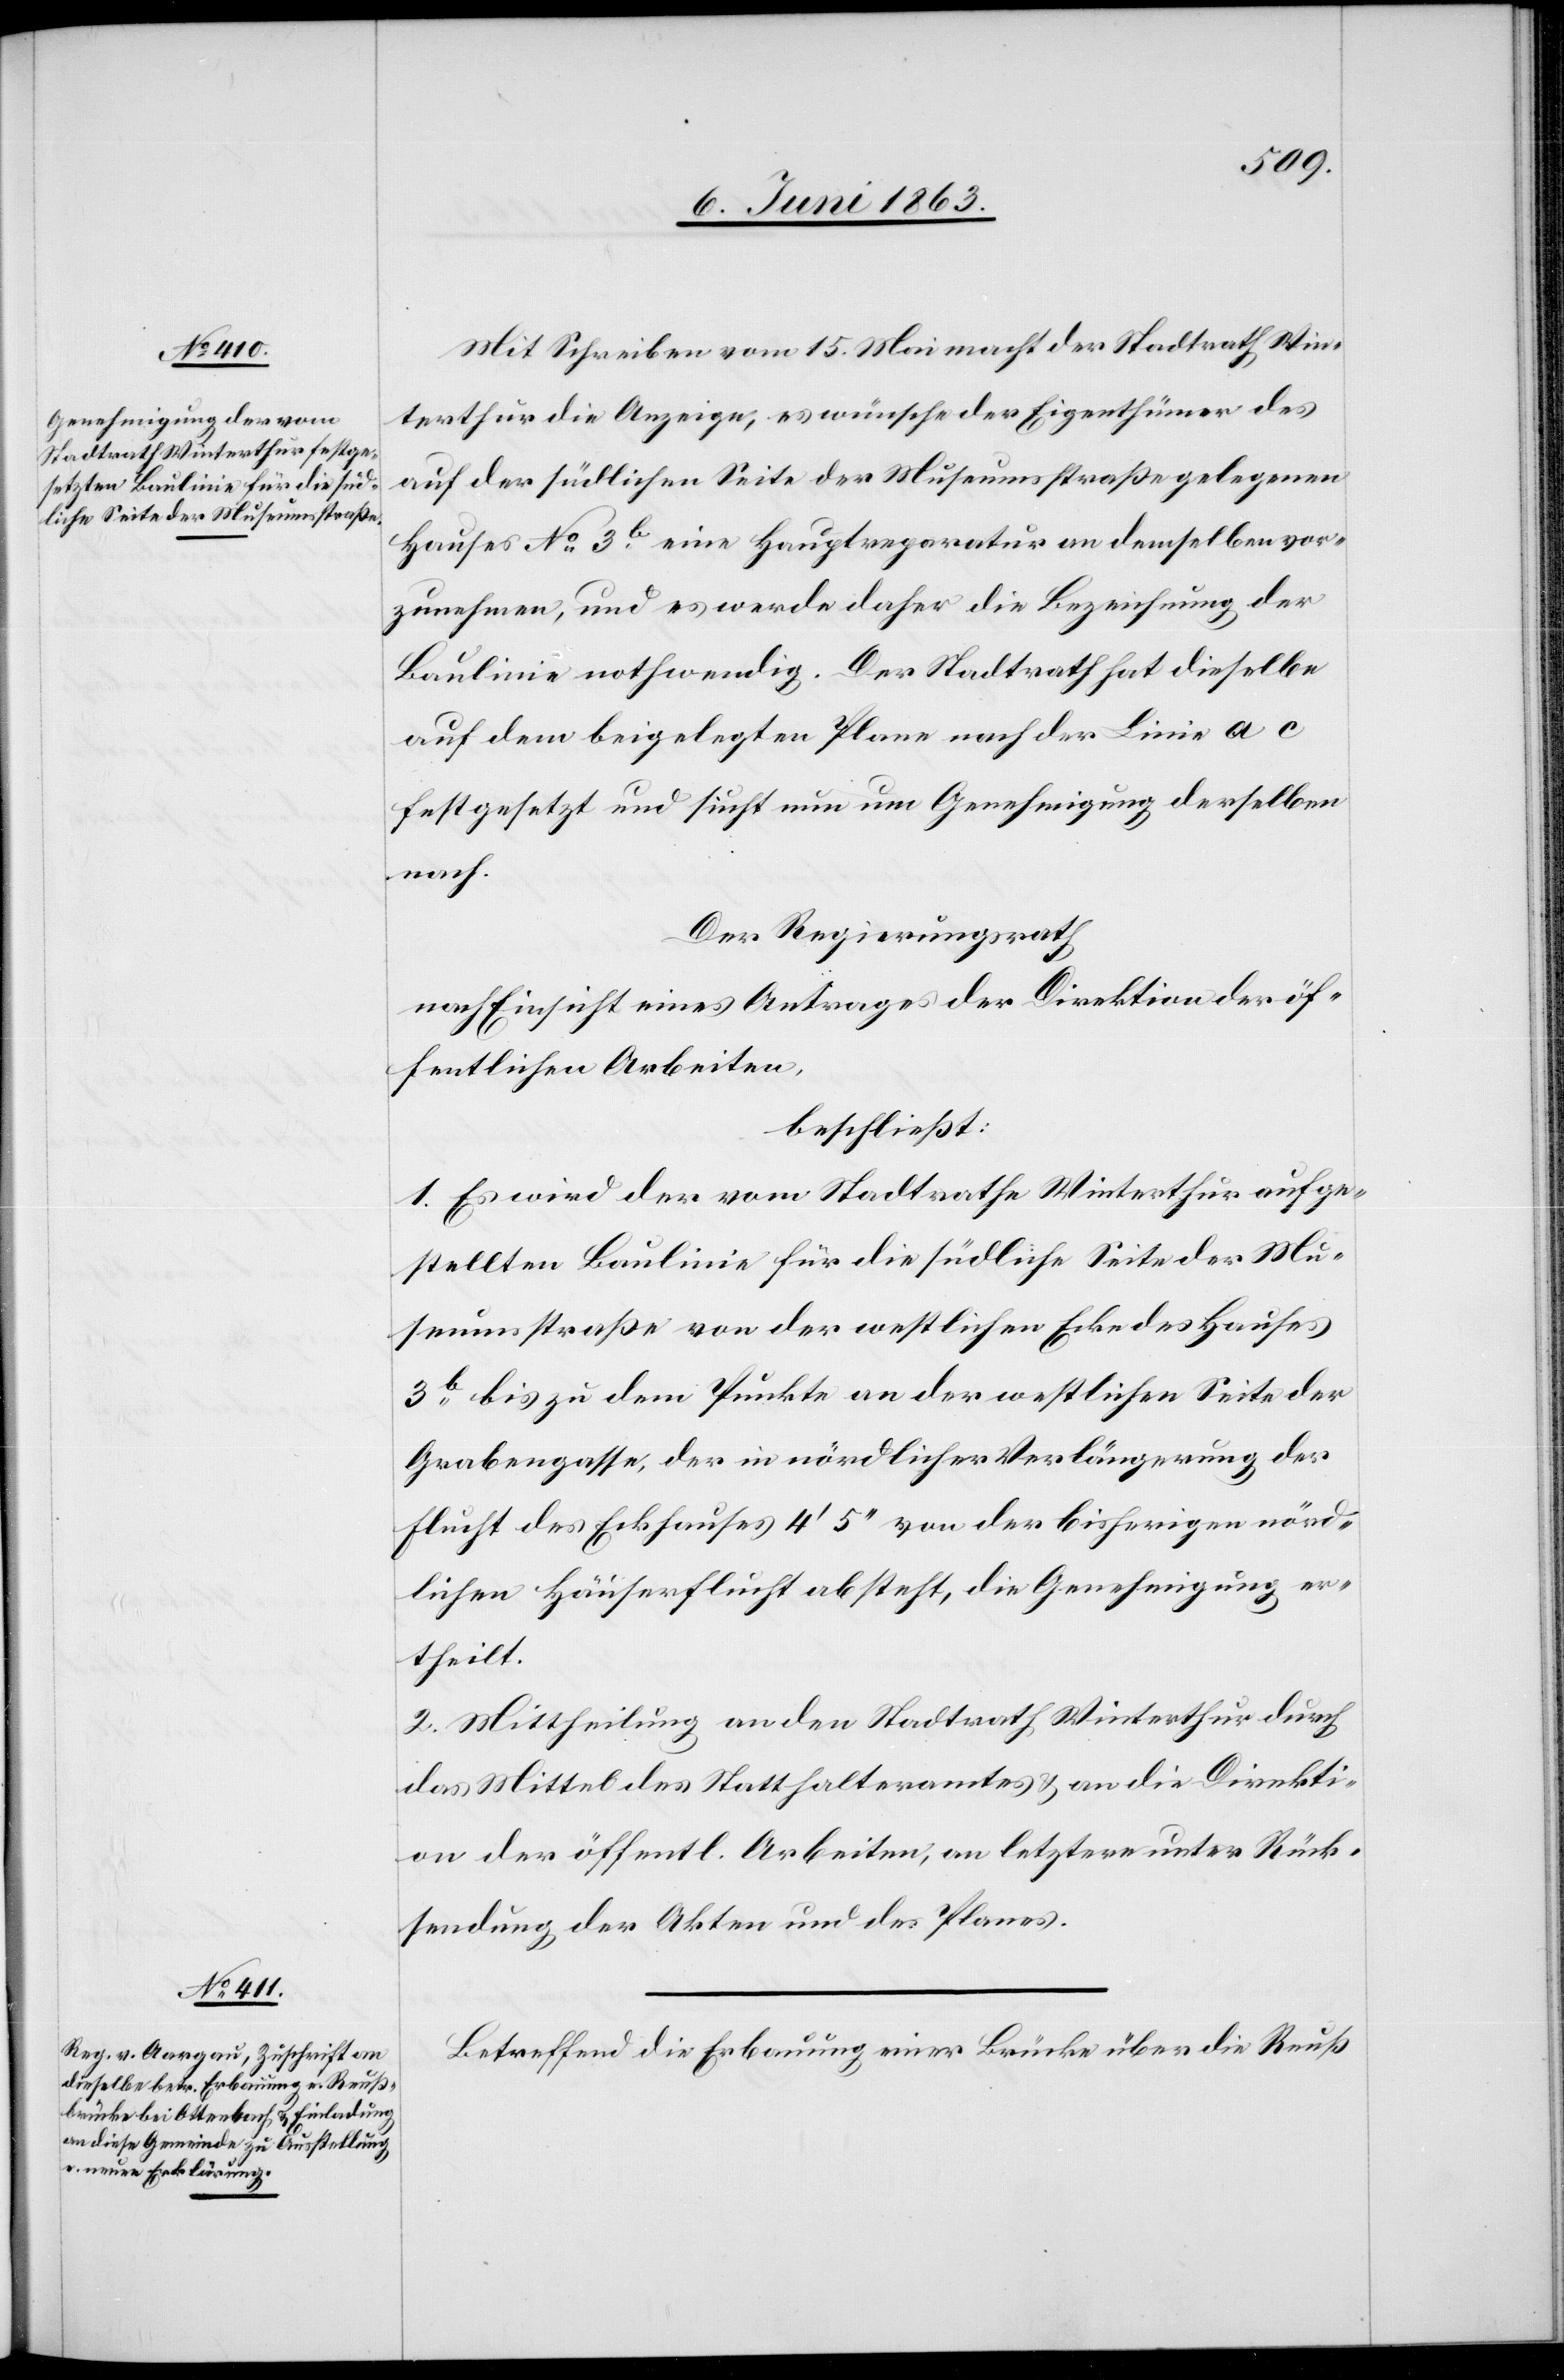
Mit Schreiben vom 15. Mai macht der Stadtrath Win¬
terthur die Anzeige, es wünsche der Eigenthümer des
auf der südlichen Seite der Museumsstraße gelegenen
Hauses No 3b eine Hauptreparatur an demselben vor¬
zunehmen, und es werde daher die Bezeichnung der
Baulinie nothwendig. Der Stadtrath hat dieselbe
auf dem beigelegten Plane nach der Linie a c
festgesetzt und sucht nun um Genehmigung derselben
nach.
Der Regierungsrath
nach Einsicht eines Antrages der Direktion der öf¬
fentlichen Arbeiten,
beschließt:
1. Es wird der vom Stadtrathe Winterthur aufge¬
stellten Baulinie für die südliche Seite der Mu¬
seumsstraße von der westlichen Ecke des Hauses
3b bis zu dem Punkte an der westlichen Seite der
Grabengasse, der in nördlicher Verlängerung der
Flucht des Eckhauses 4' 5'' von der bisherigen nörd¬
lichen Häuserflucht absteht, die Genehmigung er¬
theilt.
2. Mittheilung an den Stadtrath Winterthur durch
das Mittel des Statthalteramtes & an die Direkti¬
on der öffentl. Arbeiten, an letztere unter Rück¬
sendung der Akten und des Planes.
Betreffend die Erbauung einer Brücke über die Reuß